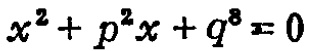
\(x^{2}+p^{2}x + q^{8}=0\)